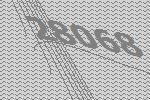
28068